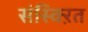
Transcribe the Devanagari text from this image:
संस्क्ऱित